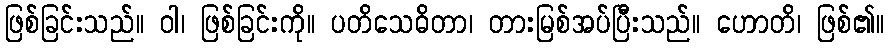
ဖြစ်ခြင်းသည်။ ဝါ၊ ဖြစ်ခြင်းကို။ ပတိသေဓိတာ၊ တားမြစ်အပ်ပြီးသည်။ ဟောတိ၊ ဖြစ်၏။